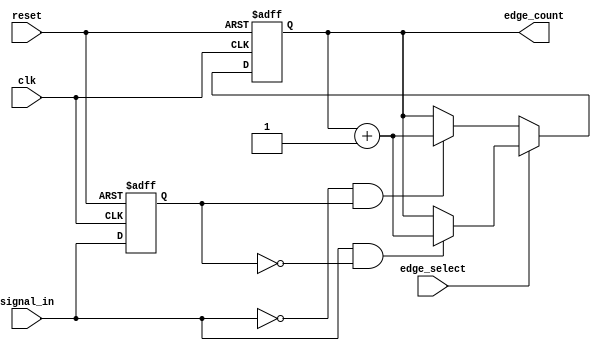
module edge_counter (
    input wire clk,           // Clock input
    input wire reset,         // Asynchronous reset
    input wire signal_in,     // Input signal to detect edges
    input wire edge_select,    // Edge selection: 1 for rising, 0 for falling
    output reg [31:0] edge_count // Count of detected edges
);

    reg signal_in_prev; // Register to hold the previous state of signal_in
    
    // Always block to handle edge detection and counting on clock edge
    always @(posedge clk or posedge reset) begin
        if (reset) begin
            edge_count <= 32'b0; // Reset edge count to zero
            signal_in_prev <= 1'b0; // Reset previous signal state
        end else begin
            // Detect edge based on edge_select
            if (edge_select) begin
                // Count rising edge
                if (signal_in && !signal_in_prev) begin
                    edge_count <= edge_count + 1; // Increment count on rising edge
                end
            end else begin
                // Count falling edge
                if (!signal_in && signal_in_prev) begin
                    edge_count <= edge_count + 1; // Increment count on falling edge
                end
            end
            
            // Update previous state of signal_in
            signal_in_prev <= signal_in;
        end
    end

endmodule